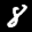
Label: 8